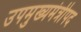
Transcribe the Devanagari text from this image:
उपमुख्यमंत्रीपद